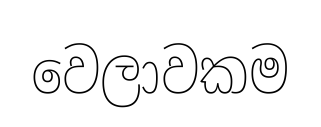
වෙලාවකම